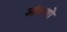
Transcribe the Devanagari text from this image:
आंतरगों